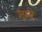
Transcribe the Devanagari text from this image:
चम्बे